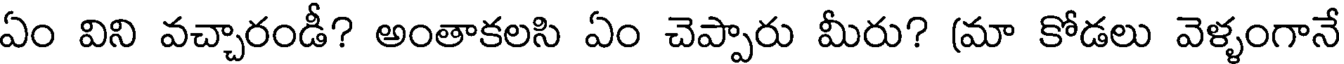
ఏం విని వచ్చారండీ? అంతాకలసి ఏం చెప్పారు మీరు? (మా కోడలు వెళ్ళంగానే